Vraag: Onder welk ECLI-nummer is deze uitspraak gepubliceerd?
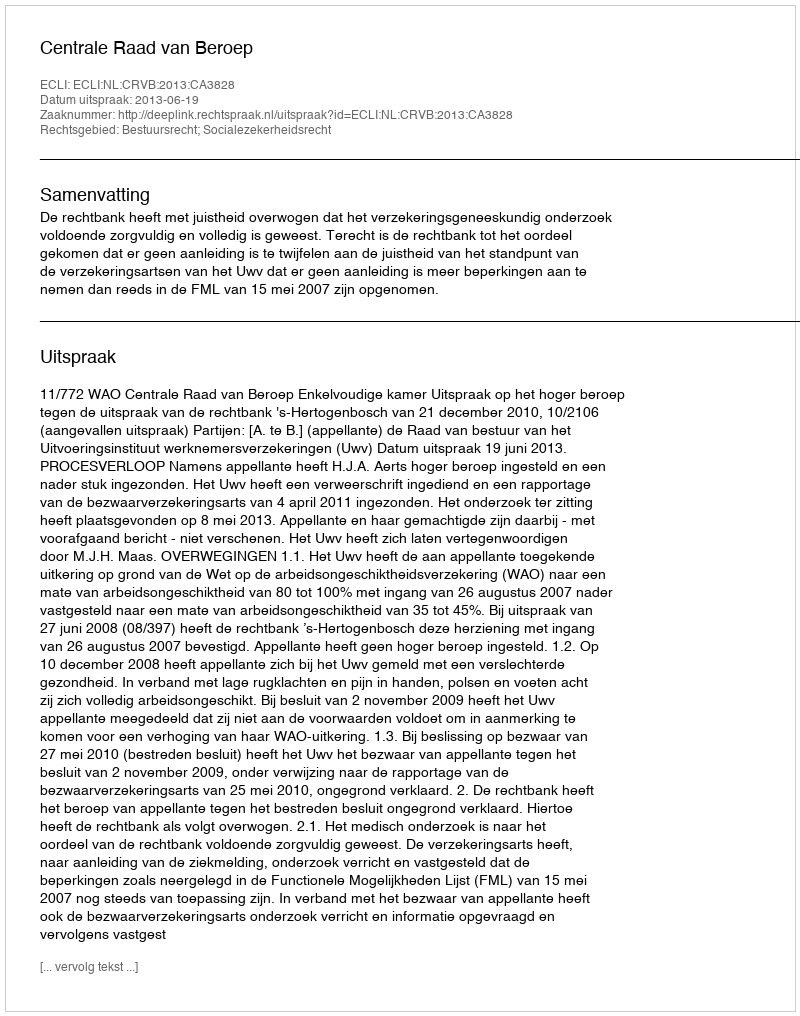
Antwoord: ECLI:NL:CRVB:2013:CA3828